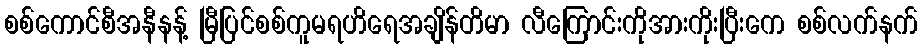
စစ်ကောင်စီအနီနန့် မြီပြင်စစ်ကူမရဟိရေအချိန်တိမာ လီကြောင်းကိုအားကိုးပြီးကေ စစ်လက်နက်